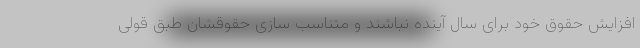
افزایش حقوق خود برای سال آینده نباشند و متناسب سازی حقوقشان طبق قولی